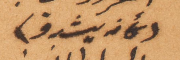
(كأنه يتشدق)